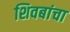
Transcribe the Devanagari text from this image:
शिवबांचा